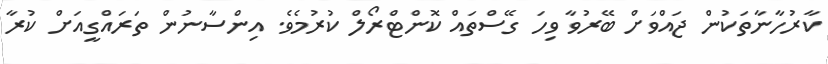
ކާރުހާނާތަކުން ޖައްވަށް ބޭރުވާ ވިހަ ގޭސްތައް ކޮންޓްރޯލް ކުރުމެވެ. އިންސާނުން ތަރައްގީއަށް ކުރާ